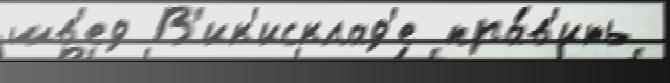
шв'ед В'ик'исклад'е пра́в'ить